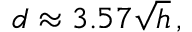
d \approx 3 . 5 7 { \sqrt { h } } \, ,